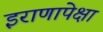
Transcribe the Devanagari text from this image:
इराणापेक्षा